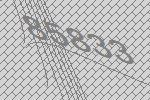
85833